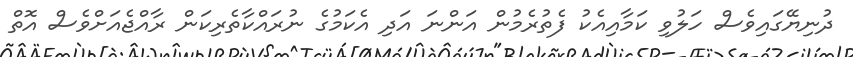
ދުނިޔޭގައިވެސް ހަލުވި ކަމާއިއެކު ފެތުރެމުން އަންނަ އަދި އެކަމުގެ ނުރައްކާތެރިކަން ރާއްޖެއަށްވެސް އޮތް